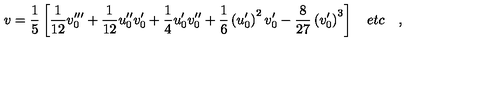
v = \frac { 1 } { 5 } \left[ \frac { 1 } { 1 2 } v _ { 0 } ^ { \prime \prime \prime } + \frac { 1 } { 1 2 } u _ { 0 } ^ { \prime \prime } v _ { 0 } ^ { \prime } + \frac { 1 } { 4 } u _ { 0 } ^ { \prime } v _ { 0 } ^ { \prime \prime } + \frac { 1 } { 6 } \left( u _ { 0 } ^ { \prime } \right) ^ { 2 } v _ { 0 } ^ { \prime } - \frac { 8 } { 2 7 } \left( v _ { 0 } ^ { \prime } \right) ^ { 3 } \right] \quad e t c \quad ,